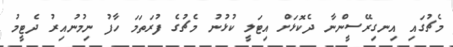
މެޗުގައި އިނގިރޭސީންނާ ދެކޮޅަށް އިޓަލީ ކުޅުނު މެޗުގެ ފުރަތަމަ ހާފު ނިމުނުއިރު ދެޓީމު